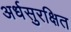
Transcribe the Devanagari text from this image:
अर्धसुरक्षित